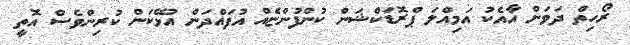
ރޯހިތް ދަވަން އާއެކު އަމިއްލަ ޕްރޮޑަކްޝަން ކުންފުންޏެއް އުފައްދަން އުޅޭކަން ކުރިންވެސް އޮތީ